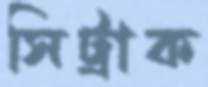
সিট্রাক